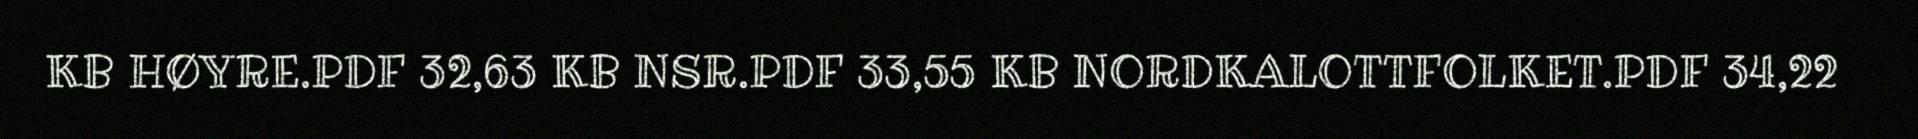
KB HØYRE.PDF 32,63 KB NSR.PDF 33,55 KB NORDKALOTTFOLKET.PDF 34,22